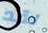
لقد